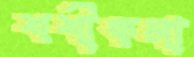
শশীকলা